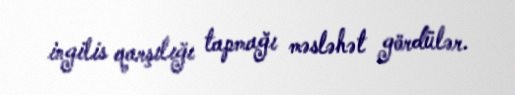
ingilis qarşılığı tapmağı məsləhət gördülər.